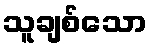
သူချစ်သော